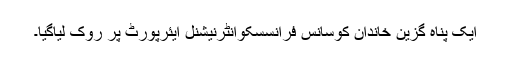
ایک پناہ گزین خاندان کوسانس فرانسسکوانٹرنیشنل ایئرپورٹ پر روک لیاگیا۔